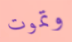
وتموت